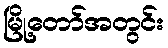
မြို့တော်အတွင်း